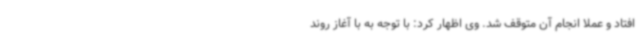
افتاد و عملا انجام آن متوقف شد. وی اظهار کرد: با توجه به با آغاز روند